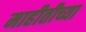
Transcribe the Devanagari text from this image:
माहीतीच्या